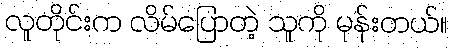
လူတိုင်းက လိမ်ပြောတဲ့ သူကို မုန်းတယ်။